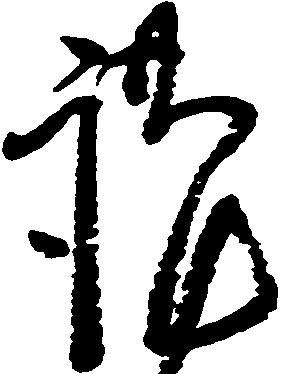
謹